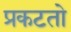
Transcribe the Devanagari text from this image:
प्रकटतो